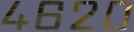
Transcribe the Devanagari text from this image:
४६२०